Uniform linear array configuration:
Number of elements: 8
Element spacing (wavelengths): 0.5
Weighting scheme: hamming
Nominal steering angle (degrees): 60
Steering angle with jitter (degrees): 61.641
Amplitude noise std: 0.05
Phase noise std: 0.05

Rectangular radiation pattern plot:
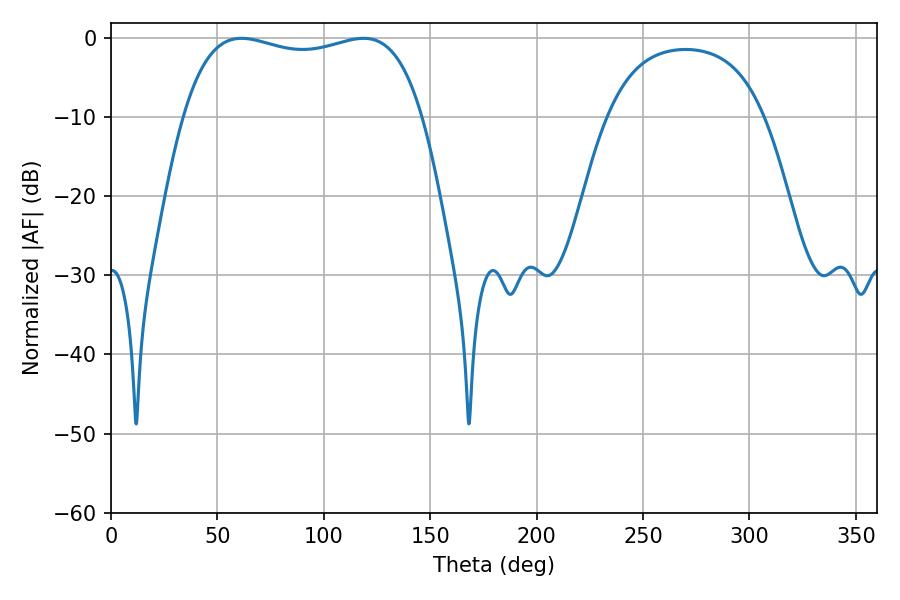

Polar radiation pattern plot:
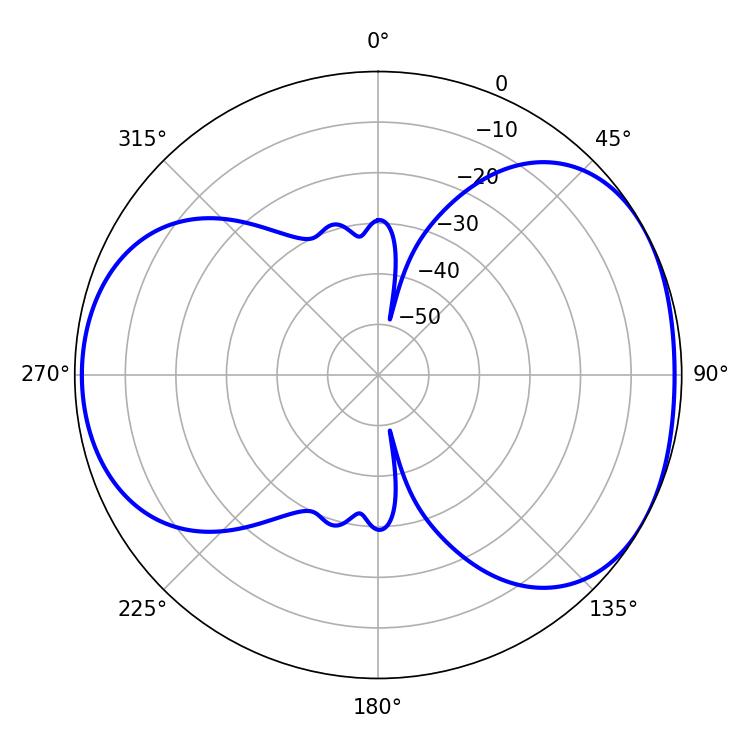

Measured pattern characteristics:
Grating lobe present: FALSE
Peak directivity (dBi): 4.735
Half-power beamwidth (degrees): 91.08
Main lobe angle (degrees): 61.38